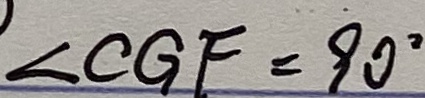
\angle C G F = 9 0 ^ { \circ }